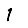
Digit: 1